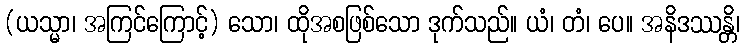
(ယသ္မာ၊ အကြင်ကြောင့်) သော၊ ထိုအစဖြစ်သော ဒုက်သည်။ ယံ၊ တံ၊ ပေ။ အနိဒဿန္တိ၊